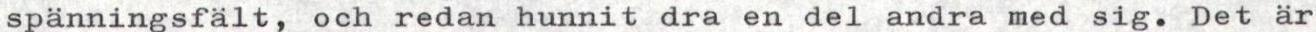
spänningsfält, och redan hunnit dra en del andra med sig. Det är